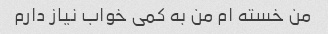
من خسته ام من به کمی خواب نیاز دارم